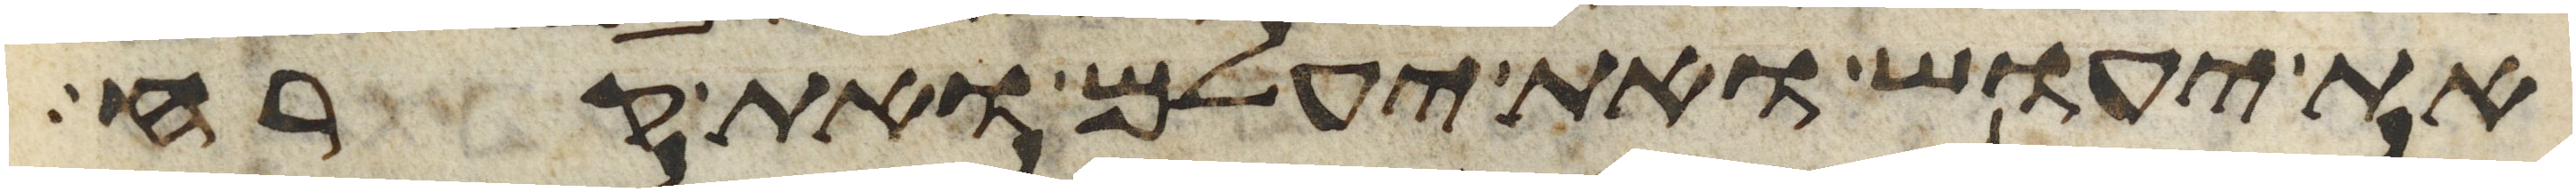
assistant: את יעוש ואת יעלם ואת קרח